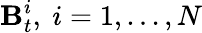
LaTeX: \mathbf{B}_{t}^{i},\ i=1,...,N